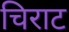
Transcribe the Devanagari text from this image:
चिराट